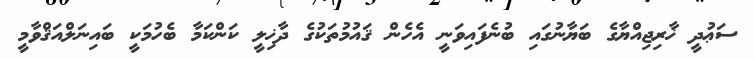
ސަޢުދީ ޚާރިޖިއްޔާގެ ބަޔާނުގައި ބުނެފައިވަނީ އެހެން ޤައުމުތަކުގެ ދާޚިލީ ކަންކަމާ ބެހުމަކީ ބައިނަލްއަޤްވާމީ